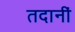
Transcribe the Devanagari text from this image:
तदानीं